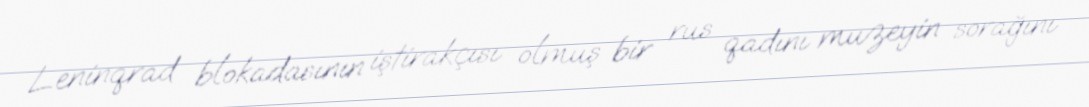
Leninqrad blokadasının iştirakçısı olmuş bir rus qadını muzeyin sorağını